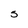
Character: S